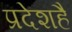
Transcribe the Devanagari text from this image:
प्रदेशहै